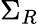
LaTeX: \Sigma_{R}